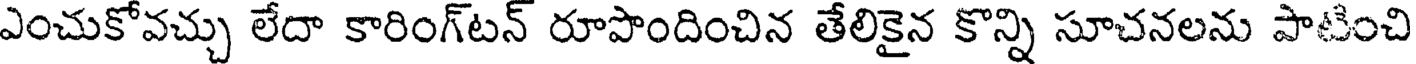
ఎంచుకోవచ్చు లేదా కారింగ్టన్ రూపొందించిన తేలికైన కొన్ని సూచనలను పాటించి